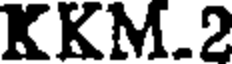
KKM.2